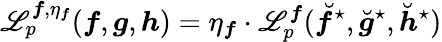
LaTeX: \mathscr{L}_{p}^{{\boldsymbol{f}},\eta_{\boldsymbol{f}}}({\boldsymbol{f}},{\boldsymbol{g}},{\boldsymbol{h}})=\eta_{\boldsymbol{f}}\cdot\mathscr{L}_{p}^{\boldsymbol{f}}(\breve{{\boldsymbol{f}}}^{\star},\breve{{\boldsymbol{g}}}^{\star},\breve{{\boldsymbol{h}}}^{\star})